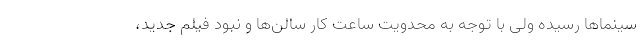
سینماها رسیده ولی با توجه به محدویت ساعت کار سالن‌ها و نبود فیلم جدید،